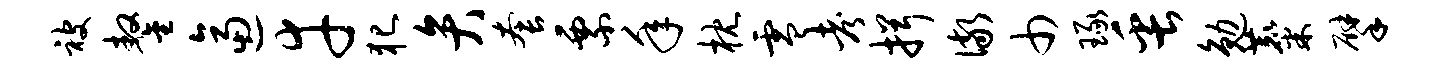
被鏊逼幸犯弁套票年枕零考揖儆巾琢缶勉麋擘